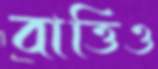
বাত্তিও